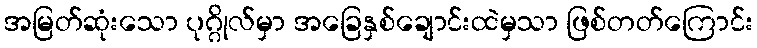
အမြတ်ဆုံးသော ပုဂ္ဂိုလ်မှာ အခြေနှစ်ချောင်းထဲမှသာ ဖြစ်တတ်ကြောင်း